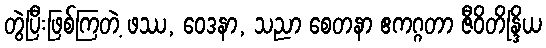
တွဲပြီးဖြစ်ကြတဲ့ ဖဿ, ဝေဒနာ, သညာ စေတနာ ဧကဂ္ဂတာ ဇီဝိတိန္ဒြိယ